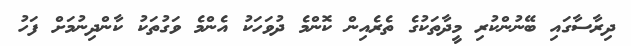
ދިރާސާގައި ބޭނުންކުރި މީދާތަކުގެ ތެރެއިން ކޮންމެ ދުވަހަކު އެންމެ ވަގުތަކު ކާންދިނުމަށް ފަހު